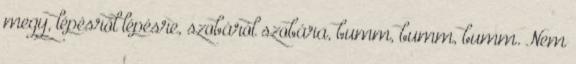
megy, lépésről lépésre, szobáról szobára, bumm, bumm, bumm. Nem